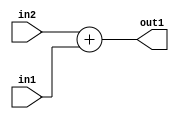
`timescale 1ps / 1ps
/*****************************************************************************
    Verilog RTL Description
    
    
    Created by: Stratus DpOpt 2019.1.01 
*******************************************************************************/

module DC_Filter_Add_1Ux1U_2U_1 (
	in2,
	in1,
	out1
	); /* architecture "behavioural" */ 
input  in2,
	in1;
output [1:0] out1;
wire [1:0] asc001;

assign asc001 = 
	+(in2)
	+(in1);

assign out1 = asc001;
endmodule

/* CADENCE  urb5Two= : u9/ySgnWtBlWxVPRXgAZ4Og= ** DO NOT EDIT THIS LINE ******/